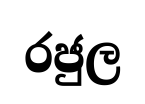
රජුල